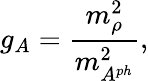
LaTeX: g_{A}=\frac{m_{\rho}^{2}}{m_{A^{ph}}^{2}},